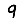
Digit: 9